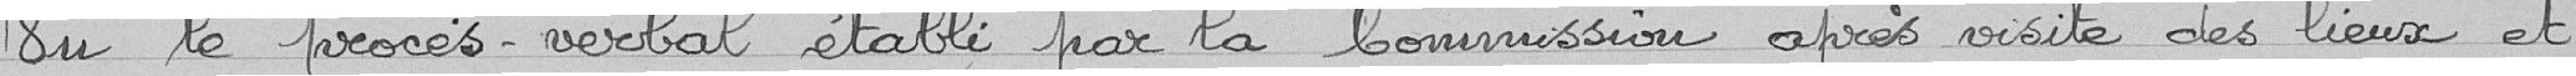
Vu le procès-verbal établi par la Commission après visite des lieux et